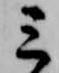
三